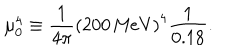
\mu _ { 0 } ^ { 4 } \equiv { \frac { 1 } { 4 \pi } } \left( 2 0 0 \, \mathrm { M e V } \right) ^ { 4 } { \frac { 1 } { 0 . 1 8 } } .